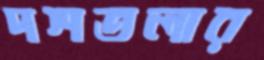
দশতলার